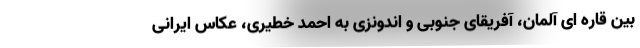
بین قاره ای آلمان، آفریقای جنوبی و اندونزی به احمد خطیری، عکاس ایرانی